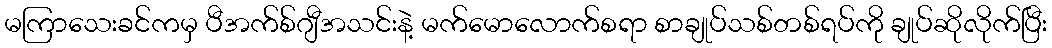
မကြာသေးခင်ကမှ ပီအက်စ်ဂျီအသင်းနဲ့ မက်မောလောက်စရာ စာချုပ်သစ်တစ်ရပ်ကို ချုပ်ဆိုလိုက်ပြီး